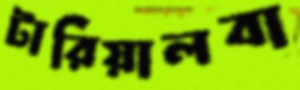
টারিয়ালবা